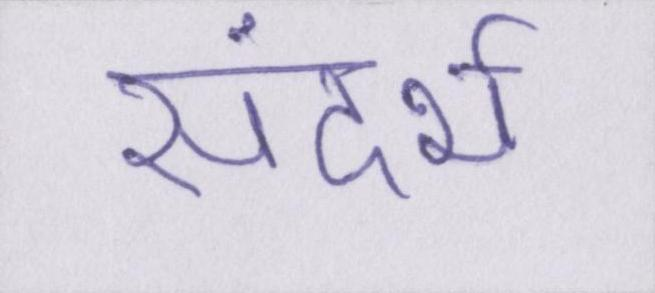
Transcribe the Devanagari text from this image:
संदर्भ